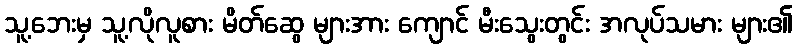
သူ့ဘေးမှ သူ့လိုလူစား မိတ်ဆွေ များအား ကျောင် မီးသွေးတွင်း အလုပ်သမား များ၏